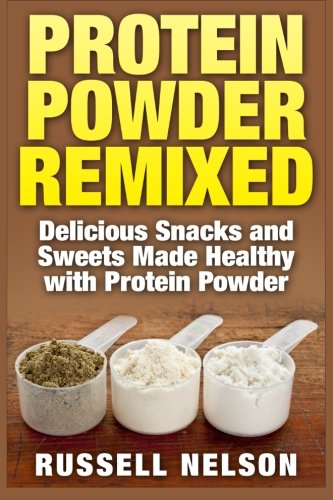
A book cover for Protein Powder Remixed: Delicious Snacks and Sweets Made Healthy with Protein Powder; Russell Nelson; Cookbooks, Food & Wine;